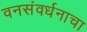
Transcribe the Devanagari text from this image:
वनसंवर्धनाचा